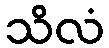
သိလံ